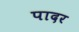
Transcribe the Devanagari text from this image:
पादर